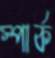
স্পার্ক